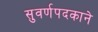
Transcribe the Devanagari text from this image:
सुवर्णपदकाने